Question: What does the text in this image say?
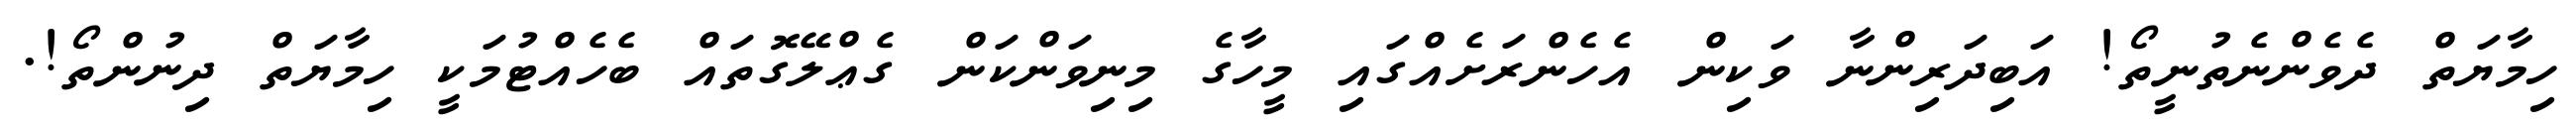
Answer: ހިމާޔަތް ދެވެންނެތުނީތޯ! އަބިދަރިންނާ ވަކިން އެހެންރަށެއްގައި މީހާގެ މިނިވަންކަން ގެޢްލޭގޮތައް ބެހެއްޓުމަކީ ހިމާޔަތް ދިނުންތޯ!.